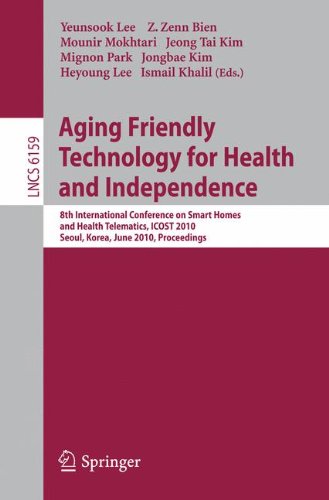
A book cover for Aging Friendly Technology for Health and Independence: 8th International Conference on Smart Homes and Health Telematics, ICOST 2010, Seoul, Korea, ... (Lecture Notes in Computer Science); Computers & Technology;